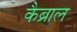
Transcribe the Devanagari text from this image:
कैब्राल